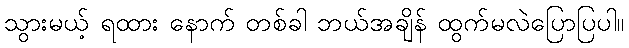
သွားမယ့် ရထား နောက် တစ်ခါ ဘယ်အချိန် ထွက်မလဲပြောပြပါ။